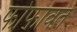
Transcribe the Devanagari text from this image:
फोफावते